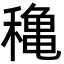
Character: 穐